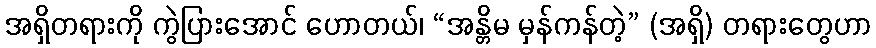
အရှိတရားကို ကွဲပြားအောင် ဟောတယ်၊ “အန္တိမ မှန်ကန်တဲ့” (အရှိ) တရားတွေဟာ